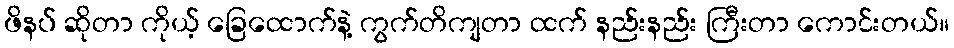
ဖိနပ် ဆိုတာ ကိုယ့် ခြေထောက်နဲ့ ကွက်တိကျတာ ထက် နည်းနည်း ကြီးတာ ကောင်းတယ်။